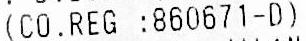
(CO.REG :860671-D)